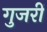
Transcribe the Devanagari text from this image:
गुजरीं